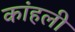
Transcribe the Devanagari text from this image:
कांहली